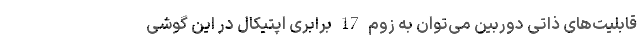
قابلیت‌های ذاتی دوربین می‌توان به زوم 17 برابری اپتیکال در این گوشی